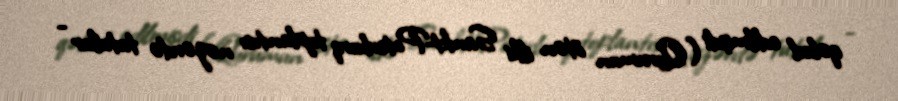
qəbul edilmişdi (Qurumun ötən ilki Sankt-Peterburq toplantısı nəzərdə tutulur -